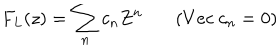
F _ { L } ( z ) = \sum _ { n } c _ { n } Z ^ { n } ~ ( V e c ~ c _ { n } = 0 )